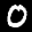
Label: 0